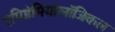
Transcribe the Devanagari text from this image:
एपिडेमियोलॉजिकल